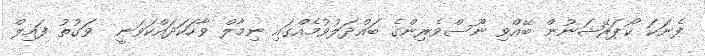
ފެނަކަ ކޯޕަރޭޝަނުން ބޭއްވި ނޫސްވެރިންގެ ބައްދަލުވުމެއްގައި ނިމާލް ވާހަކަދައްކަވަނީ  ވަގުތު ފައިލް